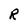
Character: R